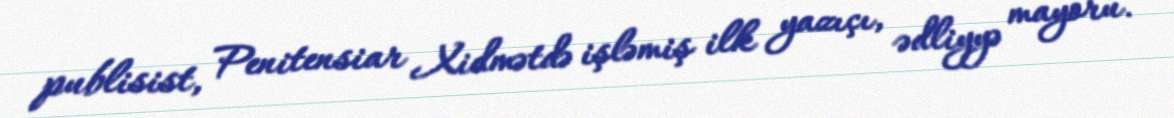
publisist, Penitensiar Xidmətdə işləmiş ilk yazıçı, ədliyyə mayoru.